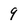
Character: 9